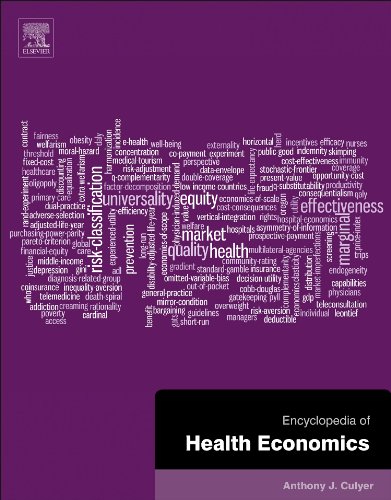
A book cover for Encyclopedia of Health Economics 3 Volume Set; Medical Books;